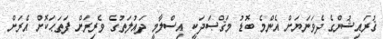
ޤުރައިޝުންގެ ދެވަނަޔަށް އެންމެ ބޮޑު މަޤްޞަދަކީ އިސްލާމީ ދައުލަތުގެ ވެރިރަށް ފަތަޙަކޮށް އެރަށް